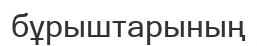
бұрыштарының